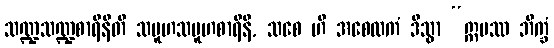
သဏ္ဍသဏ္ဍစာရိနီတိ သမူဟသမူဟစာရိနီ, သစေ ဟိ အစေလကံ ဒိသွာ “ဣမဿ ဘိက္ခံ